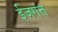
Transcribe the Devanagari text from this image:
ईजगत्त